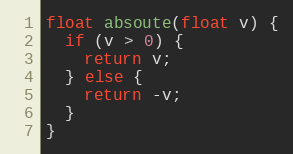
Language: C++
float absoute(float v) {
  if (v > 0) {
    return v;
  } else {
    return -v;
  }
}